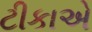
ટીકાએ